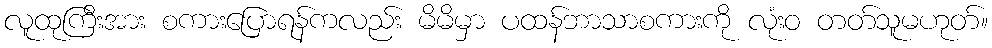
လူထုကြီးအား စကားပြောရန်ကလည်း မိမိမှာ ပထန်ဘာသာစကားကို လုံးဝ တတ်သူမဟုတ်။